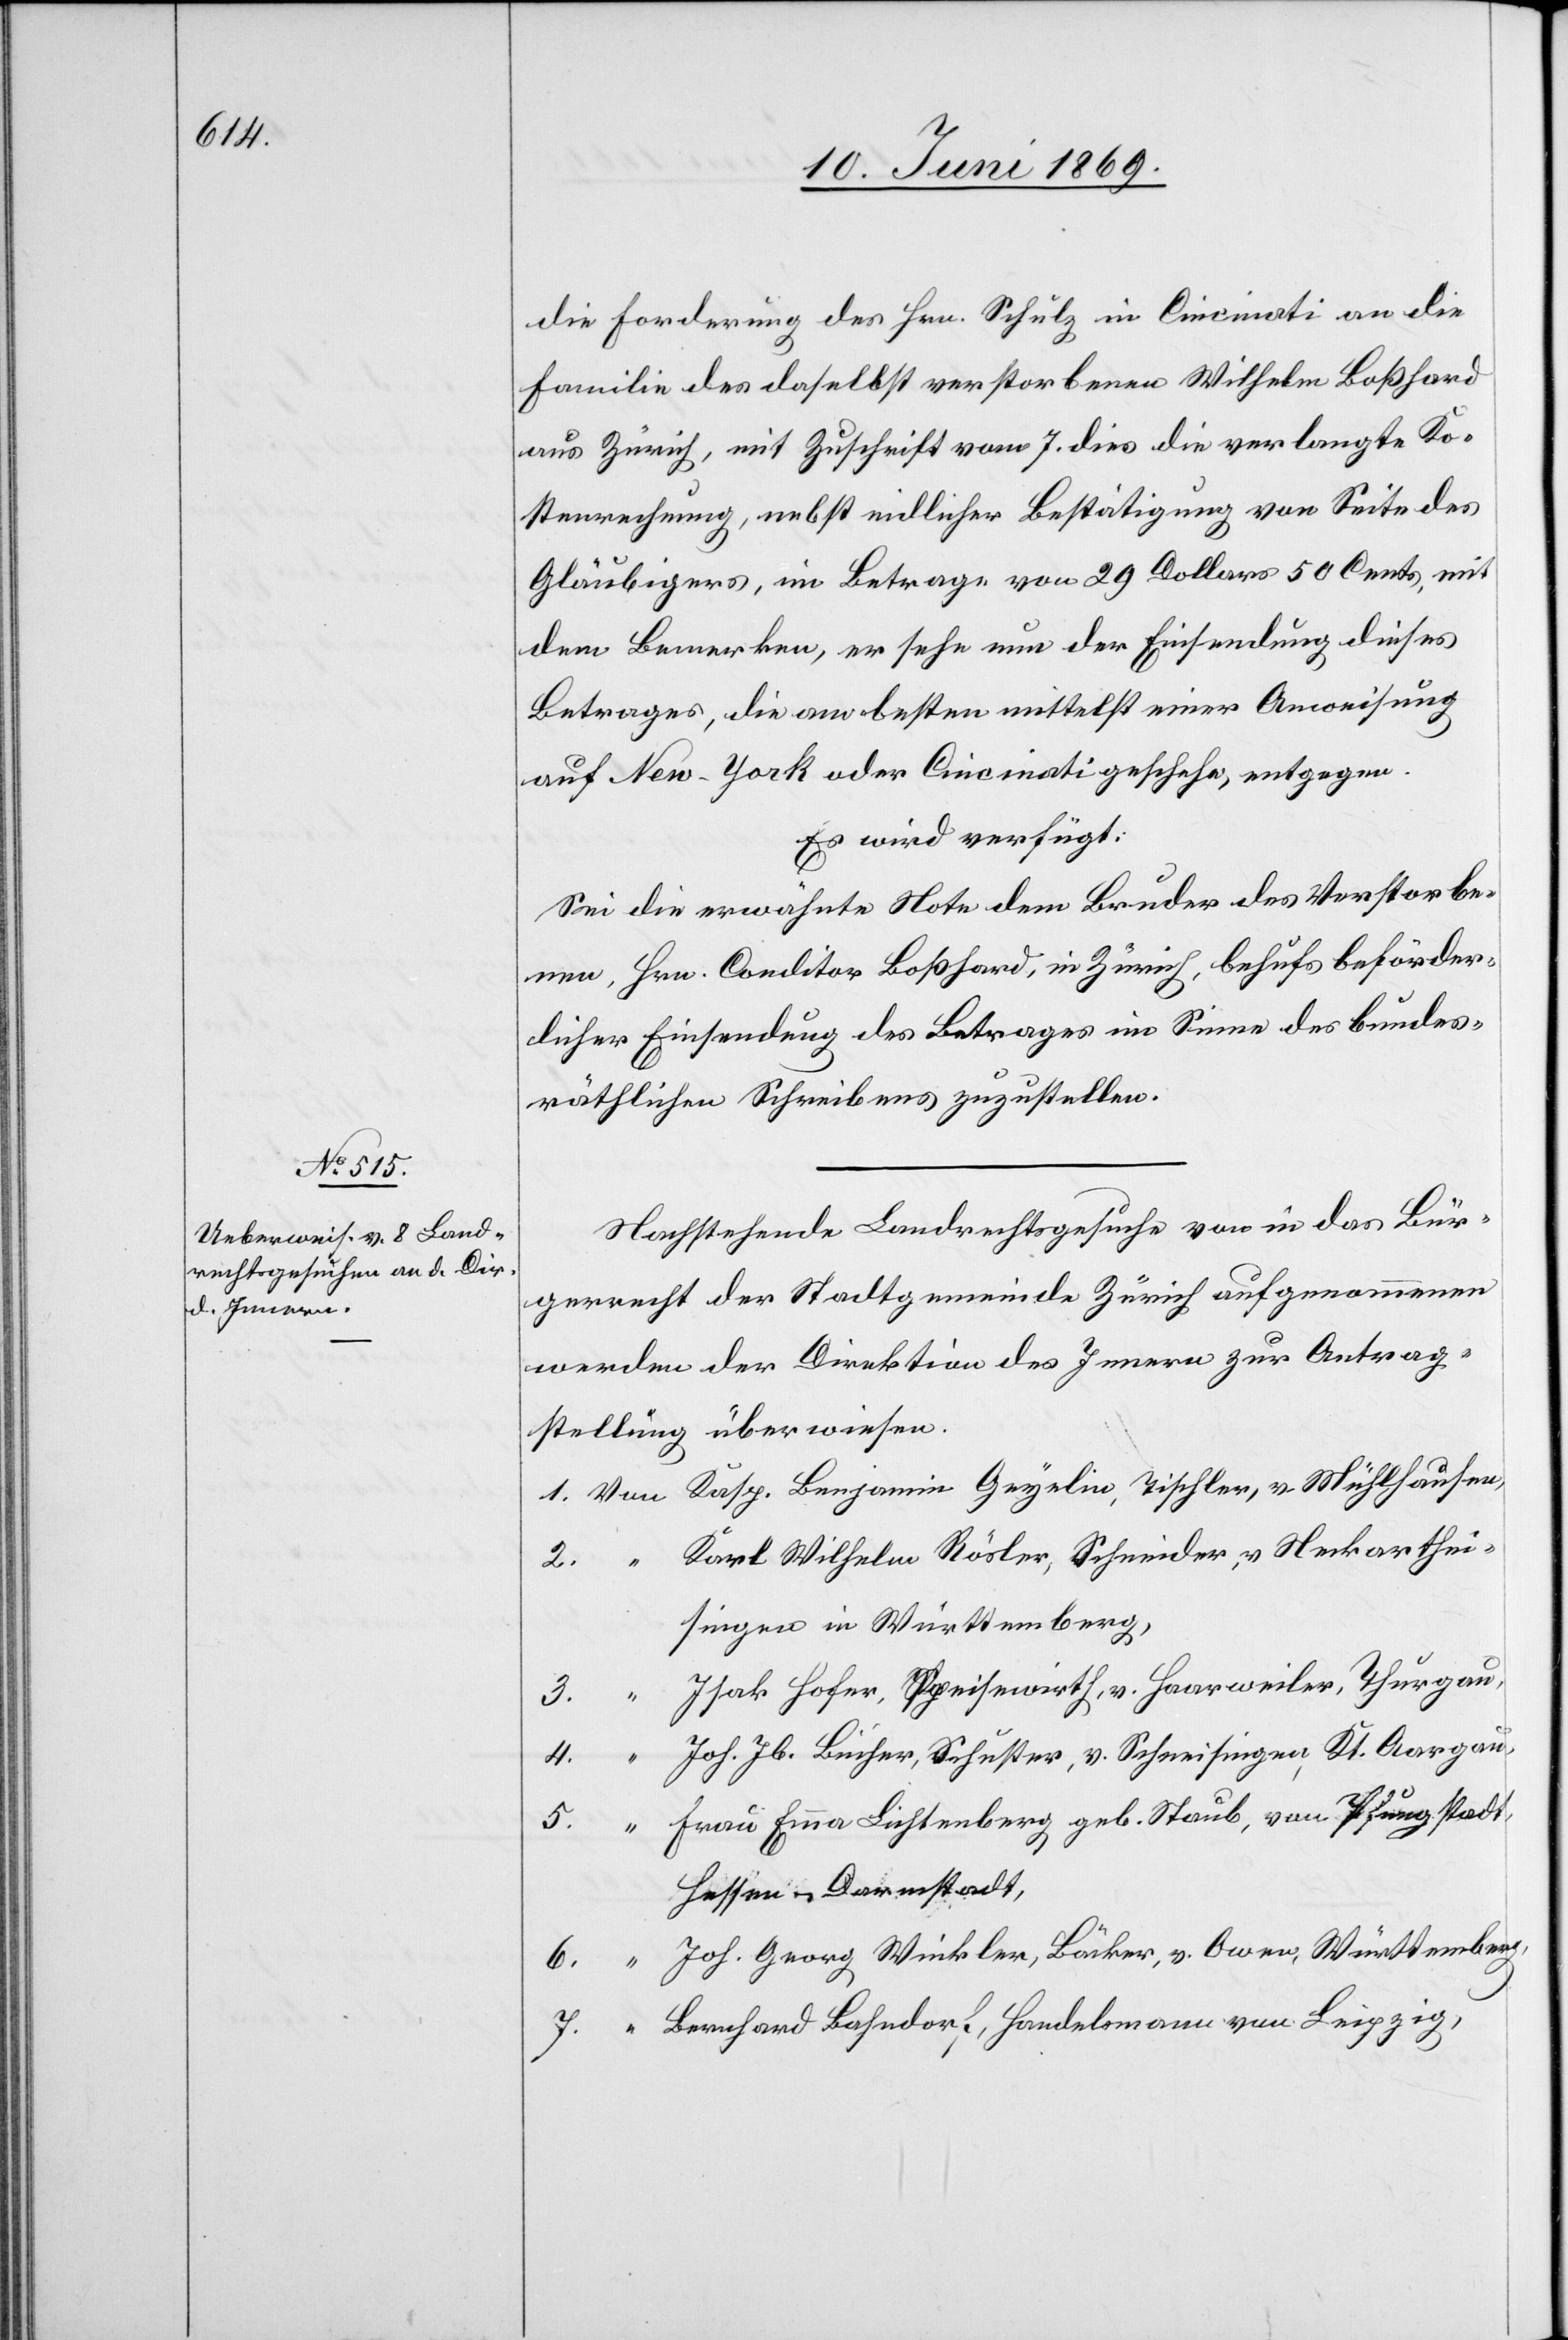
10. Juni 1869.]
die Forderung des Hrn. Schulz in Cincinnati an die
Familie des daselbst verstorbenen Wilhelm Boßhard
aus Zürich, mit Zuschrift vom 7. dies die verlangte Ko¬
stenrechnung, nebst eidlicher Bestätigung von Seite des
Gläubigers, im Betrage von 29 Dollars 50 Cents, mit
dem Bemerken, er sehe nun der Einsendung dieses
Betrages, die am besten mittelst einer Anweisung
auf New-York oder Cincinnati geschehe, entgegen.
Es wird verfügt:
Sei die erwähnte Note dem Bruder des Verstorbe¬
nen, Hrn. Creditor Boßhard, in Zürich, behufs beförder¬
licher Einsendung des Betrages im Sinne des bundes¬
räthlichen Schreibens zuzustellen.
Nachstehende Landrechtsgesuche von in das Bür¬
gerrecht der Stadtgemeinde Zürich aufgenommenen
werden der Direktion des Innern zur Antrag¬
stellung überwiesen.
1. Von Kasp. Benjamin Geyelin, Tischler, v. Mühlhausen,
Karl Wilhelm Rösler, Schneider, v. Neckarthei¬
singen in Württemberg,
Isak Hofer, Speisewirth, v. Haarweiler, Thurgau,
4.
3.
Joh. Jb. Bicher, Schuster, v. Schneisingen, Kt. Aargau,
Frau Emma Lichtenberg, geb. Staub, von Pfungstadt,
Hessen-Darmstadt,
Joh. Georg Winkler, Bäcker, v. Owen, Württemberg,
6.
Bernhard Bahndorf, Handelsmann von Leipzig,
7.